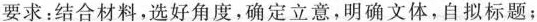
要求：结合材料，选好角度，确定立意，明确文体，自拟标题；